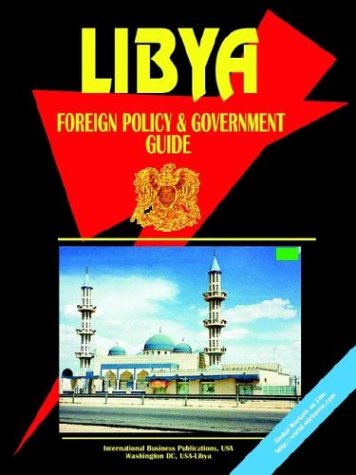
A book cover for Libya Foreign Policy And Government Guide; Ibp Usa; Travel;